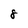
Character: 8